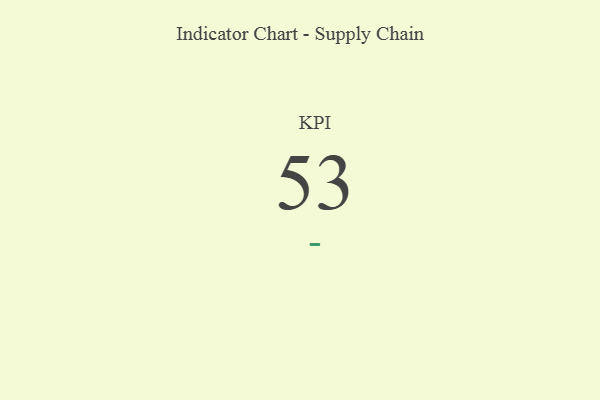
{"axis": {"x": "KPI", "y": "Value"}, "legend": [""], "data": [{"x": "KPI", "y": 53, "type": ""}]}